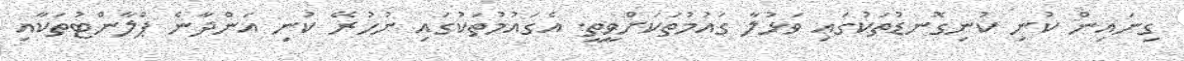
ގިނައިން ކުނި ކުނިގޮނޑުތަކުގައި ވަޅުލާ ގައުމުތަކަށްވީތީ. އެގައުމުތަކުގައި ނުހުރޭ ކުނި އަންދާނެ ޕްލާންޓުތަކާއި